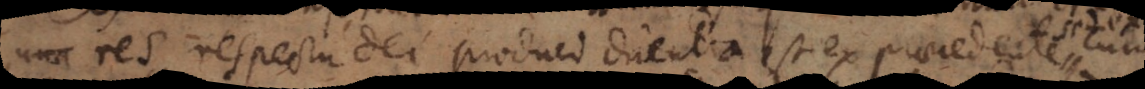
enim res respectu Dei produci dicenda est ex praecedente, cum